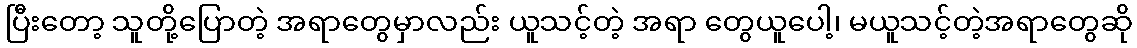
ပြီးတော့ သူတို့ပြောတဲ့ အရာတွေမှာလည်း ယူသင့်တဲ့ အရာ တွေယူပေါ့၊ မယူသင့်တဲ့အရာတွေဆို